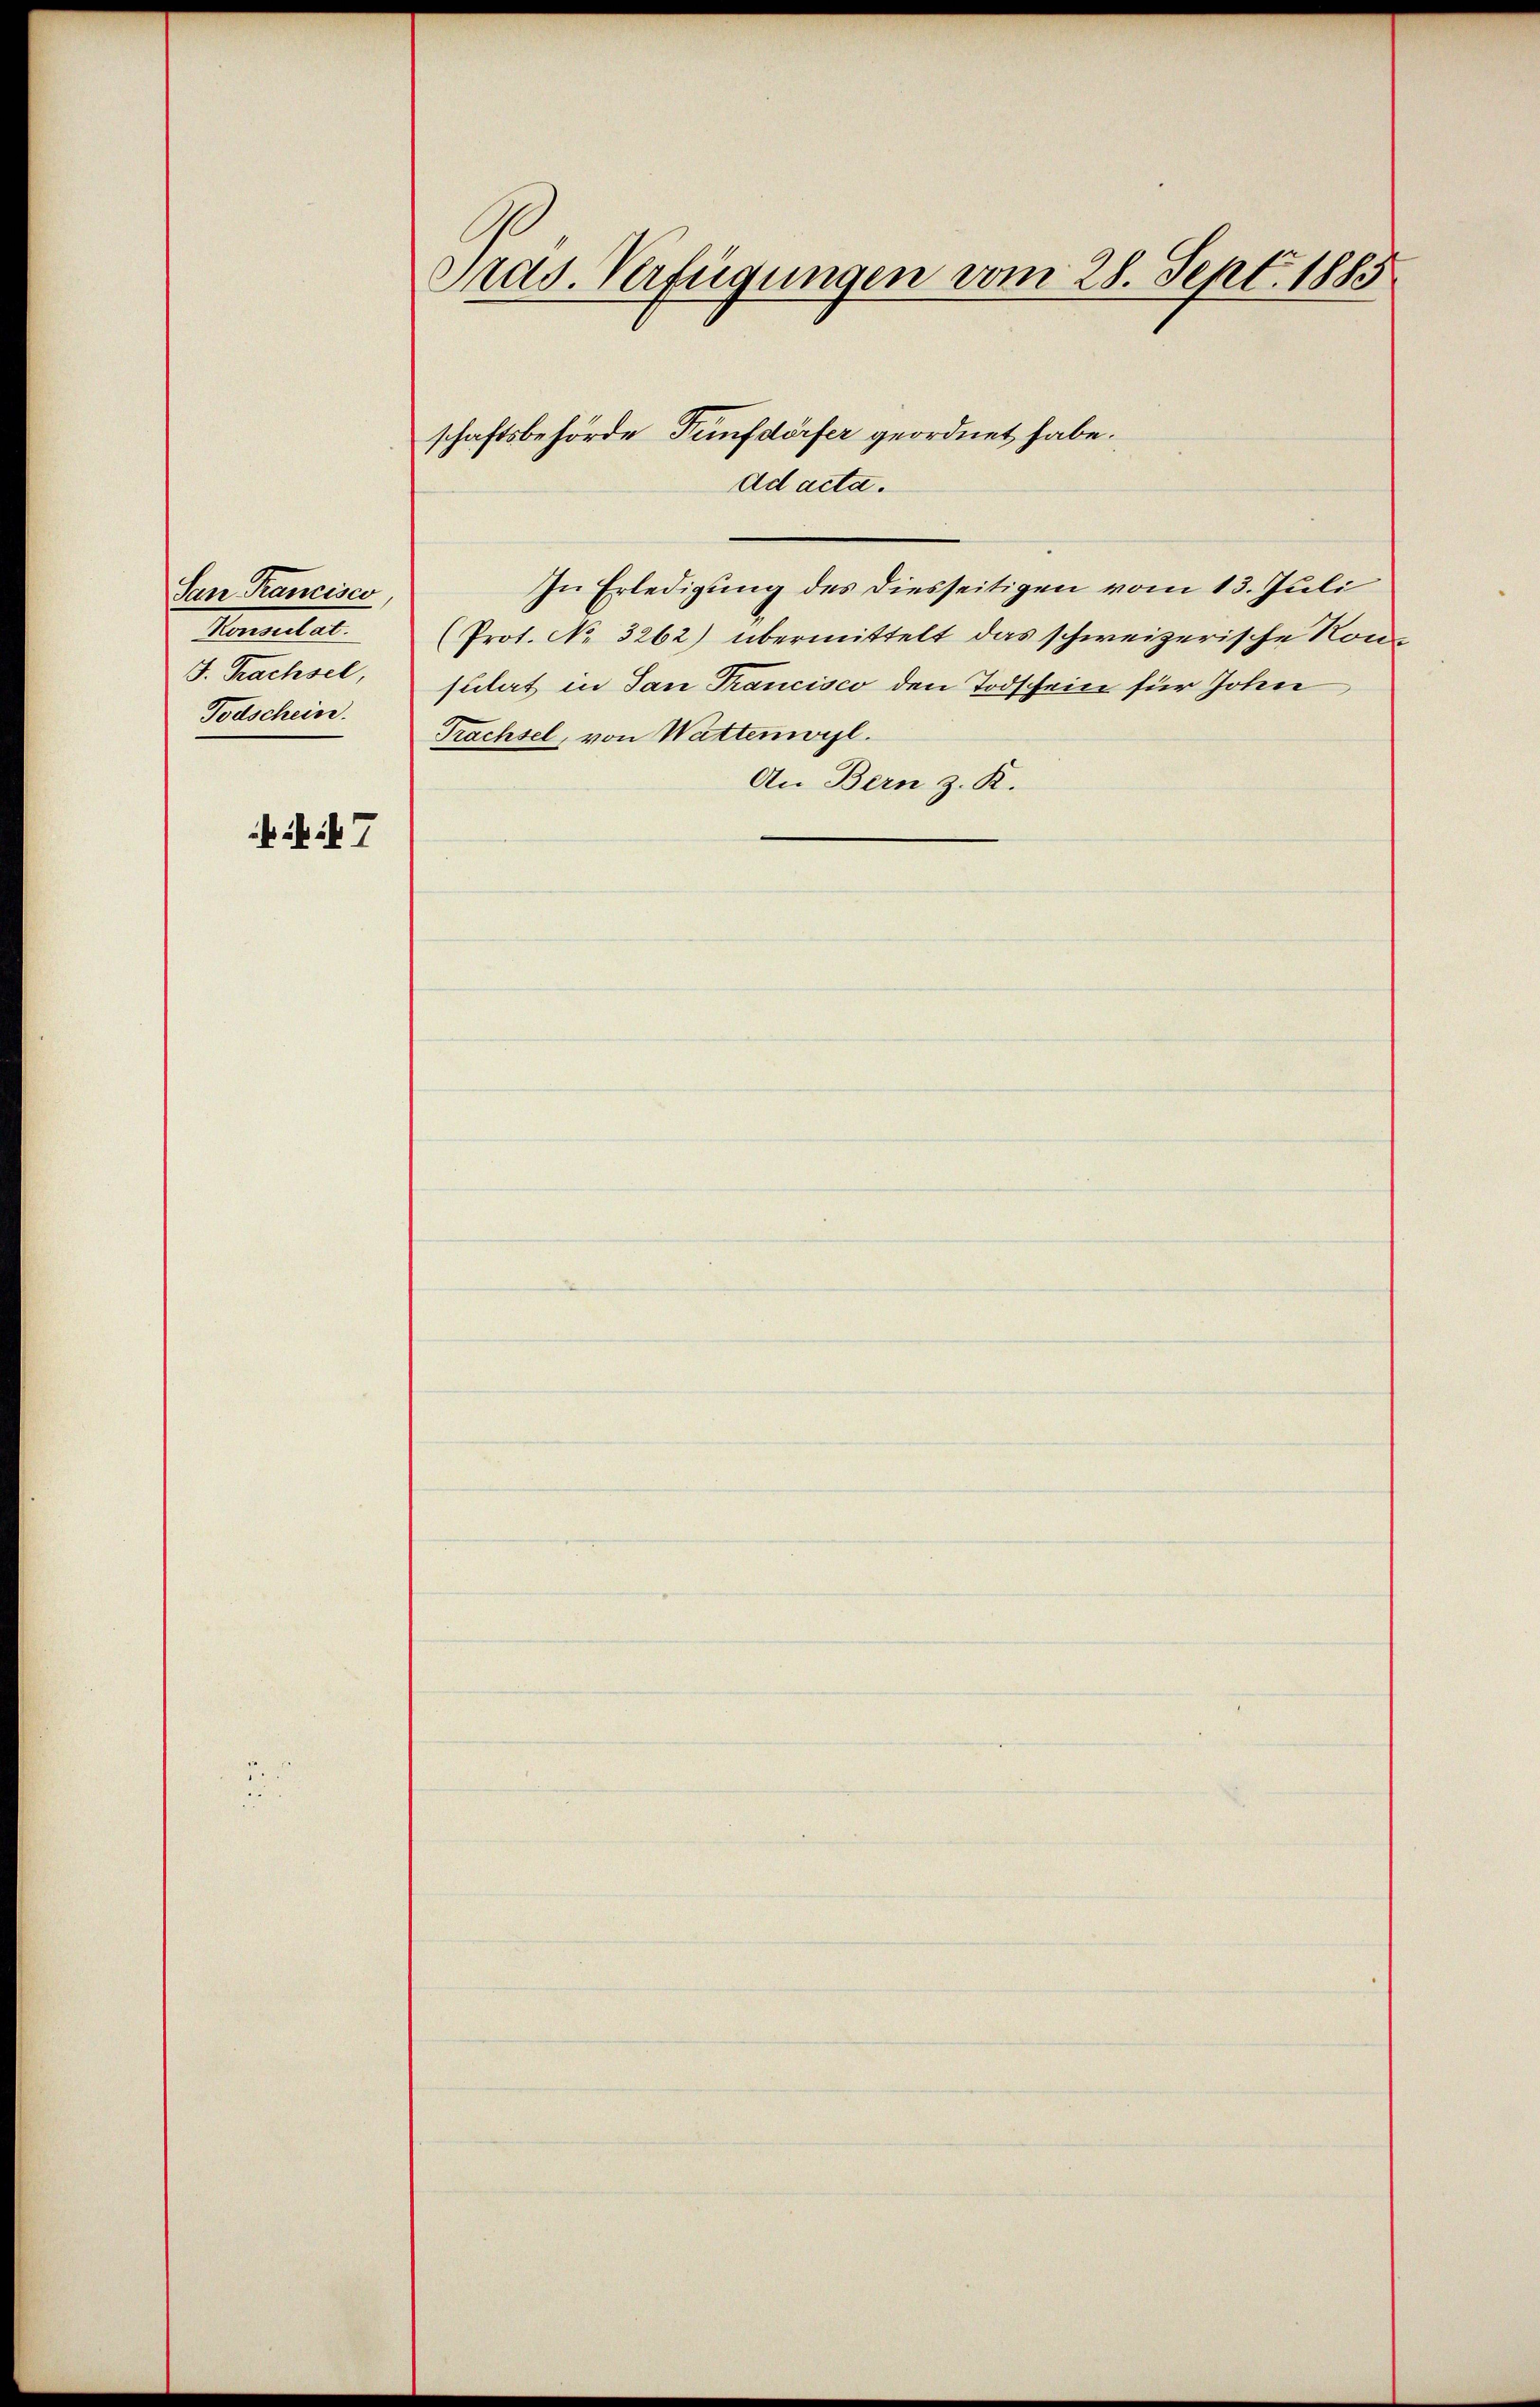
San Rancisco,
Vereiter
J. Trachsel,
Todschein.

h i 7

Pras. Verfügungen vom 28. Sept. 1885

schaftsbehörde Fünfdörfer geordnet habe.
Ad acta.

In Erledigung des diesseitigen vom 13. Juli
(Prot. No. 3262) übermittelt das schweizerische Konsulat in San Trancisco den Todschein für John
Trachsel, von Wattenwisl.
An Bern z. K.